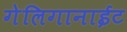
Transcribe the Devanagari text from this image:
गेलिगानाईट